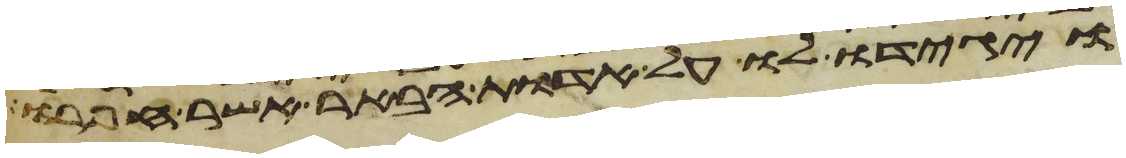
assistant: ויגדו לו על אדות הבאר אשר חפרו